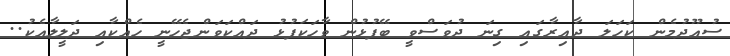
ސުއޫދުމެން ކަހަލަ ދާއިރާގައި ގިނަ ދުވަސްވީ ބޭފުޅުން ވާހަކަފުޅު ދައްކަވަންޖެހޭނީ ހެއްކާއި ދަލީލާއެކު..